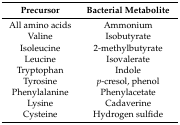
| Precursor | Bacterial Metabolite |
 | --- | --- |
 | All amino acids | Ammonium |
 | Valine | Isobutyrate |
 | Isoleucine | 2-methylbutyrate |
 | Leucine | Isovalerate |
 | Tryptophan | Indole |
 | Tyrosine | p-cresol, phenol |
 | Phenylalanine | Phenylacetate |
 | Lysine | Cadaverine |
 | Cysteine | Hydrogen sulfide |